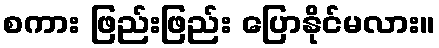
စကား ဖြည်းဖြည်း ပြောနိုင်မလား။